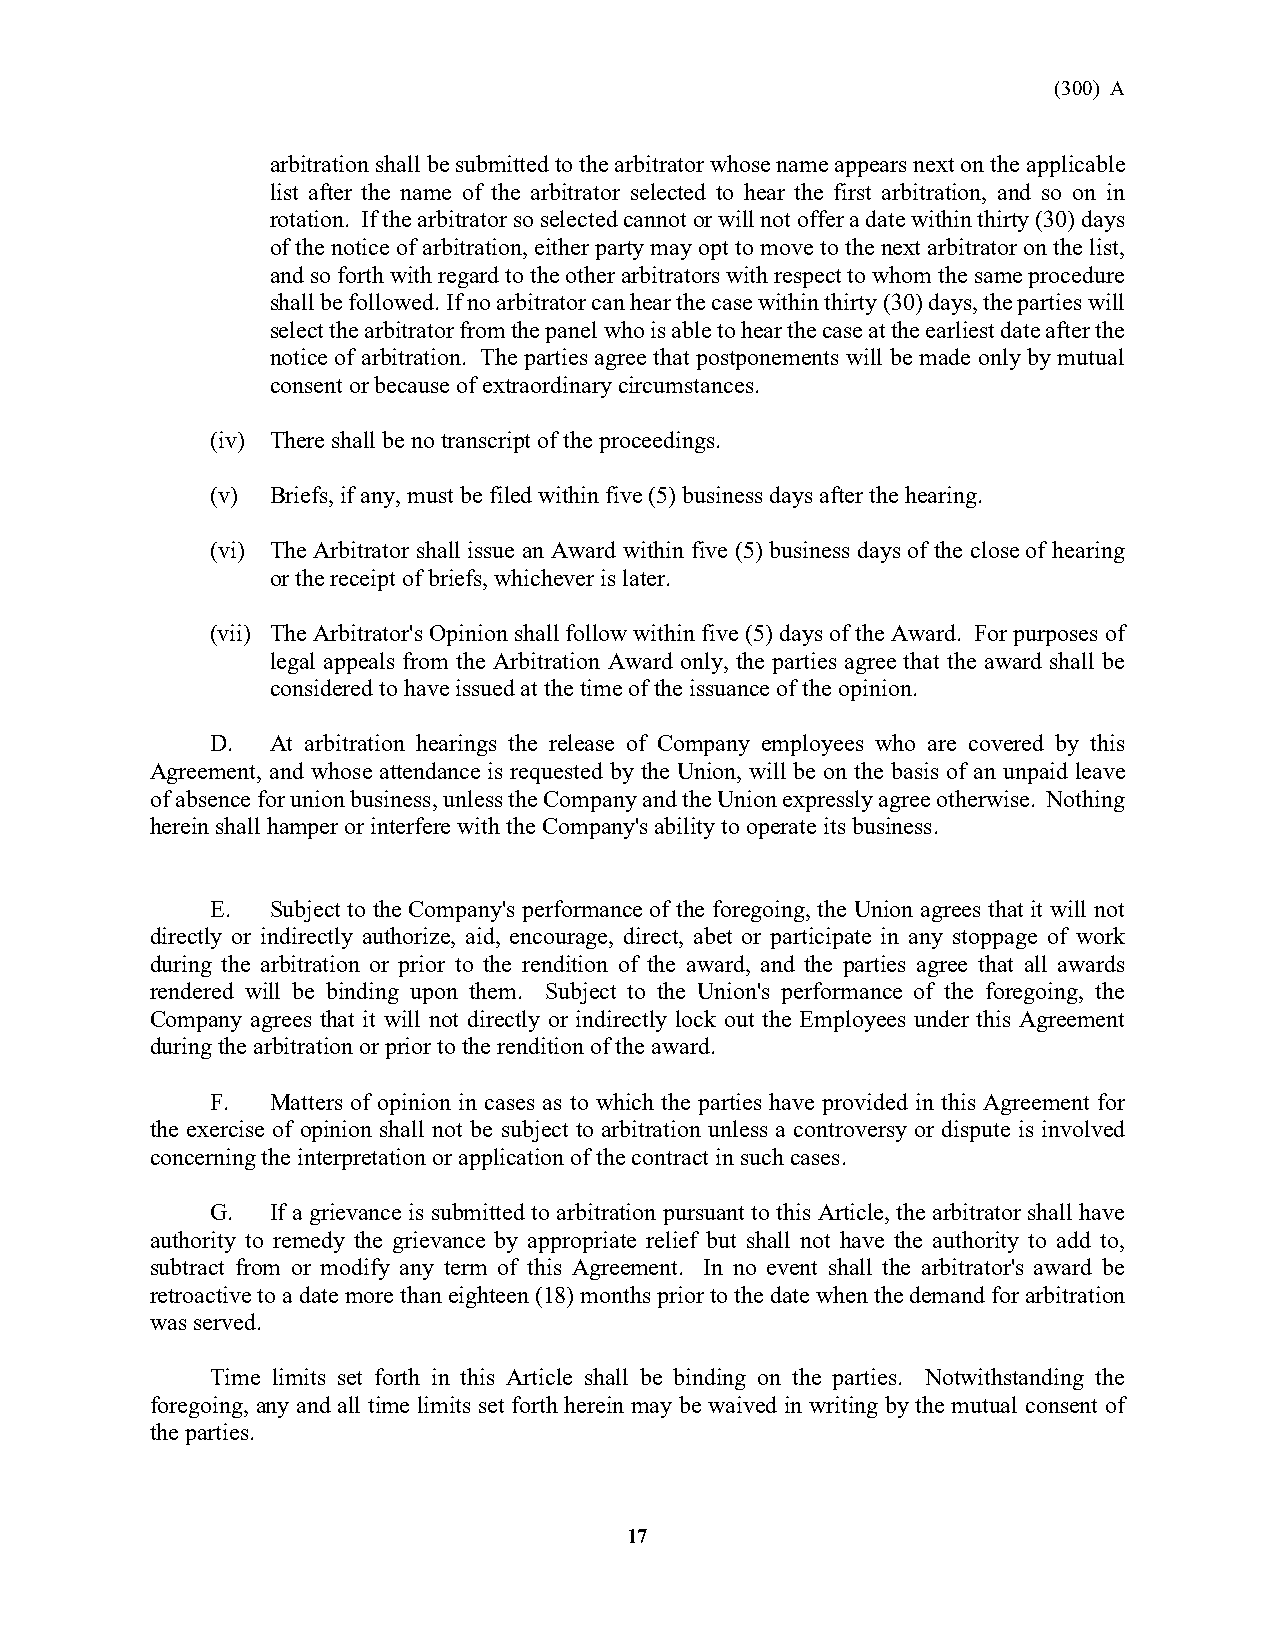
(300) A
 arbitration shall be submitted to the arbitrator whose name appears next on the applicable
 list after the name of the arbitrator selected to hear the first arbitration, and so on in
 rotation. If the arbitrator so selected cannot or will not offer a date within thirty (30) days
 of the notice of arbitration, either party may opt to move to the next arbitrator on the list,
 and so forth with regard to the other arbitrators with respect to whom the same procedure
 shall be followed. If no arbitrator can hear the case within thirty (30) days, the parties will
 select the arbitrator from the panel who is able to hear the case at the earliest date after the
 notice of arbitration. The parties agree that postponements will be made only by mutual
 consent or because of extraordinary circumstances.
 (iv) There shall be no transcript of the proceedings.
 (v) Briefs, if any, must be filed within five (5) business days after the hearing.
 (vi) The Arbitrator shall issue an Award within five (5) business days of the close of hearing
 or the receipt of briefs, whichever is later.
 (vii) The Arbitrator's Opinion shall follow within five (5) days of the Award. For purposes of
 legal appeals from the Arbitration Award only, the parties agree that the award shall be
 considered to have issued at the time of the issuance of the opinion.
 D.  At arbitration hearings the release of Company employees who are covered by this
 Agreement, and whose attendance is requested by the Union, will be on the basis of an unpaid leave
 of absence for union business, unless the Company and the Union expressly agree otherwise. Nothing
 herein shall hamper or interfere with the Company's ability to operate its business.
 E.  Subject to the Company's performance of the foregoing, the Union agrees that it will not
 directly or indirectly authorize, aid, encourage, direct, abet or participate in any stoppage of work
 during the arbitration or prior to the rendition of the award, and the parties agree that all awards
 rendered will be binding upon them. Subject to the Union's performance of the foregoing, the
 Company agrees that it will not directly or indirectly lock out the Employees under this Agreement
 during the arbitration or prior to the rendition of the award.
 F.  Matters of opinion in cases as to which the parties have provided in this Agreement for
 the exercise of opinion shall not be subject to arbitration unless a controversy or dispute is involved
 concerning the interpretation or application of the contract in such cases.
 G.  If a grievance is submitted to arbitration pursuant to this Article, the arbitrator shall have
 authority to remedy the grievance by appropriate relief but shall not have the authority to add to,
 subtract from or modify any term of this Agreement. In no event shall the arbitrator's award be
 retroactive to a date more than eighteen (18) months prior to the date when the demand for arbitration
 was served.
 Time limits set forth in this Article shall be binding on the parties. Notwithstanding the
 foregoing, any and all time limits set forth herein may be waived in writing by the mutual consent of
 the parties.
 17